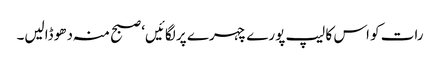
رات کو اس کا لیپ پورے چہرے پر لگائیں‘ صبح منہ دھو ڈالیں۔